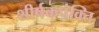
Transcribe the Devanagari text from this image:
शीर्षकपंक्ति